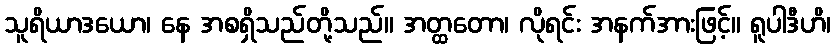
သူရိယာဒယော၊ နေ အစရှိသည်တို့သည်။ အတ္ထတော၊ လိုရင်း အနက်အားဖြင့်။ ရူပါဒီဟိ၊